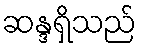
ဆန္ဒရှိသည်